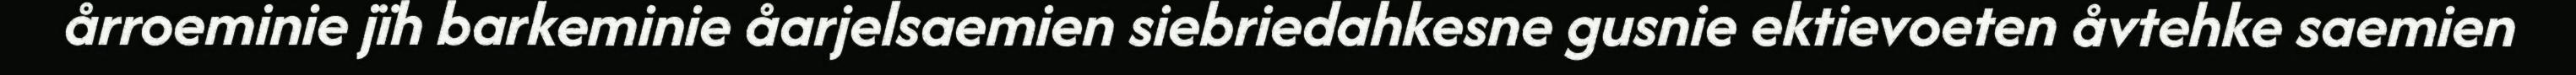
årroeminie jïh barkeminie åarjelsaemien siebriedahkesne gusnie ektievoeten åvtehke saemien